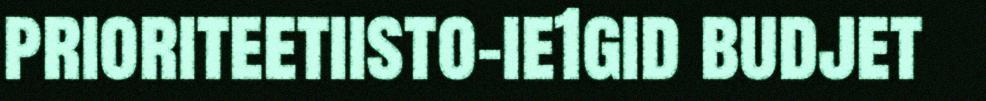
prioriteetiisto-ie1gid budjet